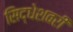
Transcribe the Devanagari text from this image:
सिद्धेशवरी